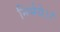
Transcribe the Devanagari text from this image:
निर्भये।।